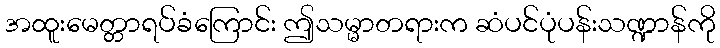
အထူးမေတ္တာရပ်ခံကြောင်း ဤသမ္မာတရားက ဆံပင်ပုံပန်းသဏ္ဍာန်ကို